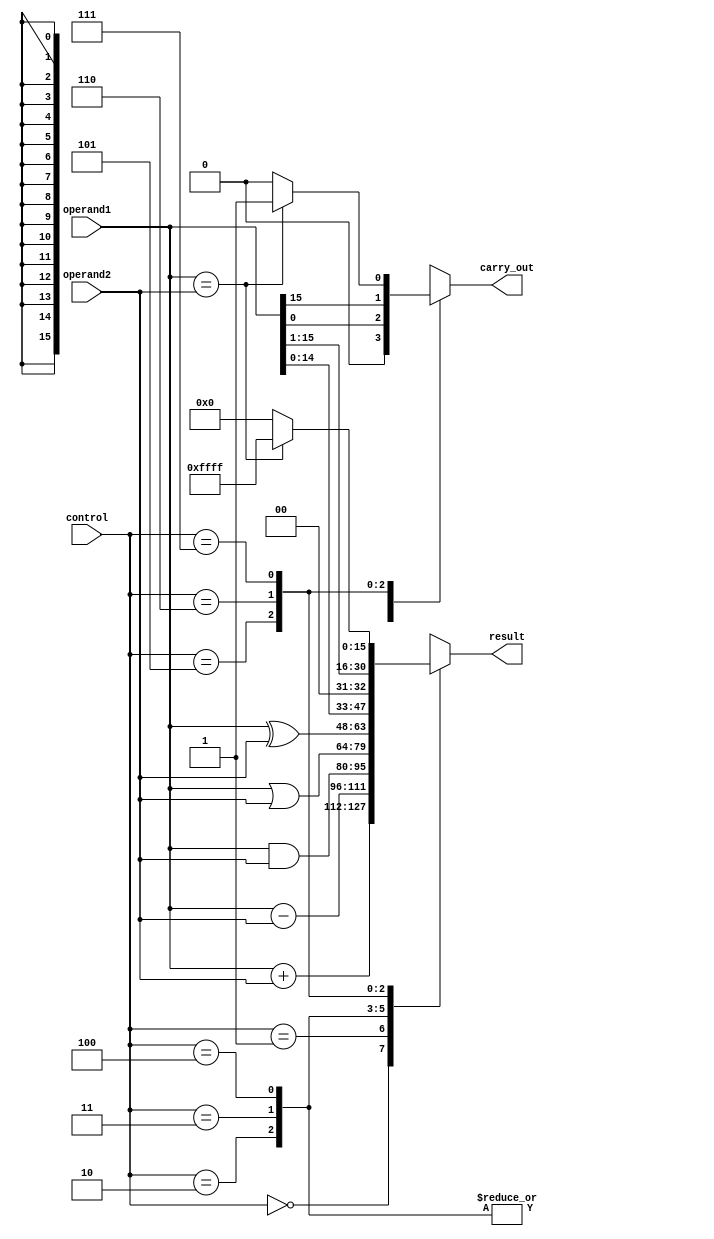
module ALU (
    input [15:0] operand1,
    input [15:0] operand2,
    input [2:0] control,
    output reg [15:0] result,
    output reg carry_out
);

always @ (control or operand1 or operand2)
begin
    case (control)
        3'b000: result = operand1 + operand2; // ADD
        3'b001: result = operand1 - operand2; // SUB
        3'b010: result = operand1 & operand2; // AND
        3'b011: result = operand1 | operand2; // OR
        3'b100: result = operand1 ^ operand2; // XOR
        3'b101: result = operand1 << 1; // Shift Left
        3'b110: result = operand1 >> 1; // Shift Right
        3'b111: // Comparison
            begin
                if (operand1 == operand2)
                    result = 16'hFFFF;
                else
                    result = 16'h0000;
            end
    endcase
end

always @*
begin
    case (control)
        3'b000: carry_out = (result[16] == 1); // ADD
        3'b001: carry_out = (result[16] == 1); // SUB
        3'b010: carry_out = 0; // AND
        3'b011: carry_out = 0; // OR
        3'b100: carry_out = 0; // XOR
        3'b101: carry_out = operand1[0]; // Shift Left
        3'b110: carry_out = operand1[15]; // Shift Right
        3'b111: // Comparison
            begin
                if (operand1 == operand2)
                    carry_out = 1; 
                else
                    carry_out = 0;
            end
    endcase
end

endmodule